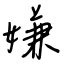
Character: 嫌